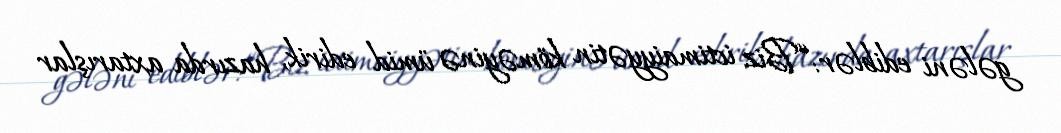
gələni ediblər: “Biz ictimaiyyətin köməyinə ümid edirik, hazırda axtarışlar